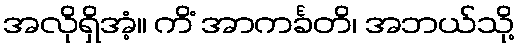
အလိုရှိအံ့။ ကိံ အာကင်္ခတိ၊ အဘယ်သို့